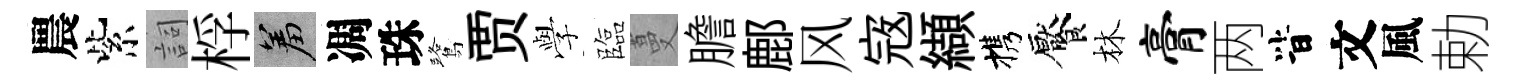
農紫詞桴羞凋珠鷺贾𫝯臨蔓膽鄜风𡨥纈携饜林膏两𣅜文風勅